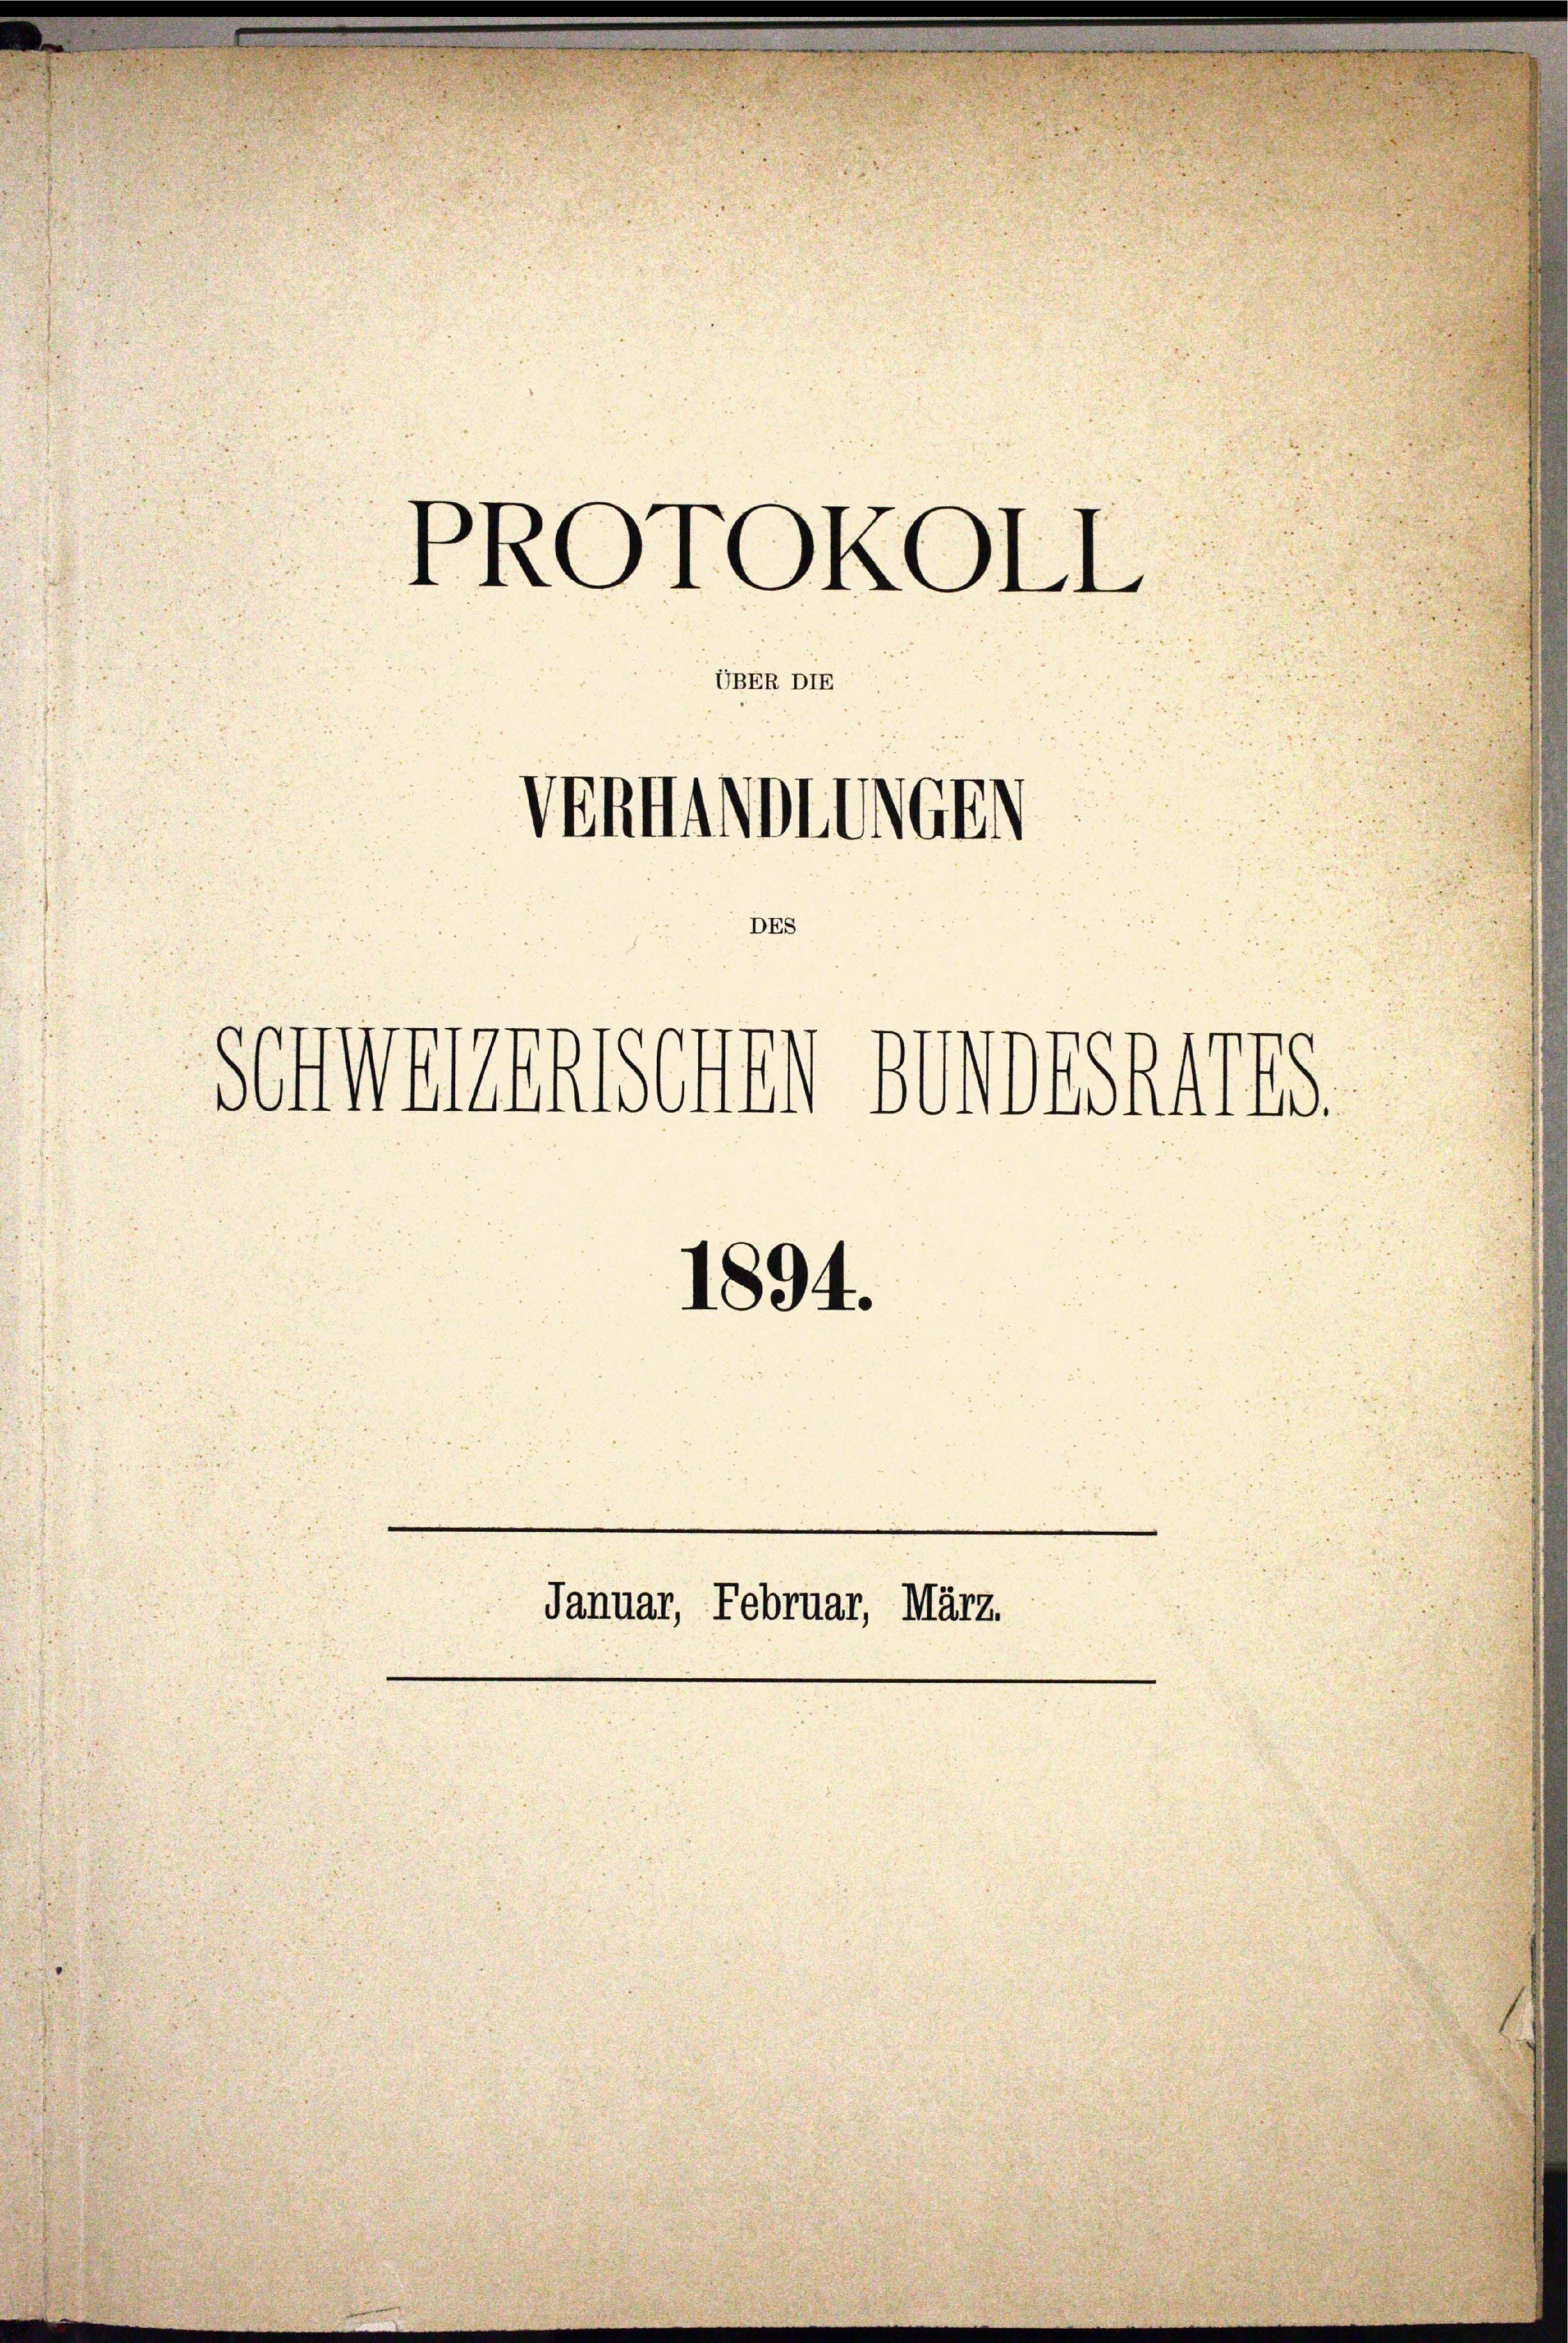
PROTOKOLL

UBER DIE

Januar, Februar, März.

Vernannterch

1894.

DES
Schwerentschen Amtsha